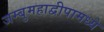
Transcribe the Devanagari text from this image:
जम्बुमहाद्वीपामध्ये